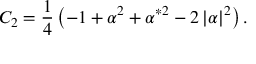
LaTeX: C _ { 2 } = \frac 1 4 \left( - 1 + \alpha ^ { 2 } + \alpha ^ { * 2 } - 2 \left| \alpha \right| ^ { 2 } \right) .